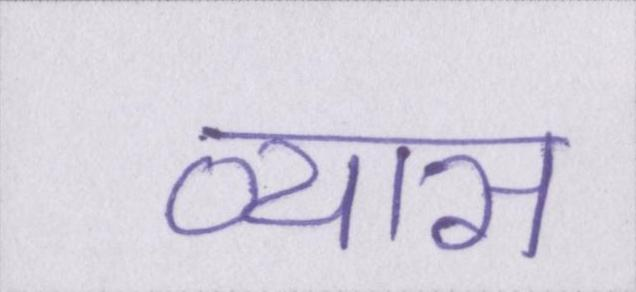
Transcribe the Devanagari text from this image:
व्यास